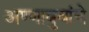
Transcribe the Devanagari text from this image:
अण्णाबुवांचे